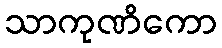
သာကုဏိကော